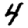
Digit: 4